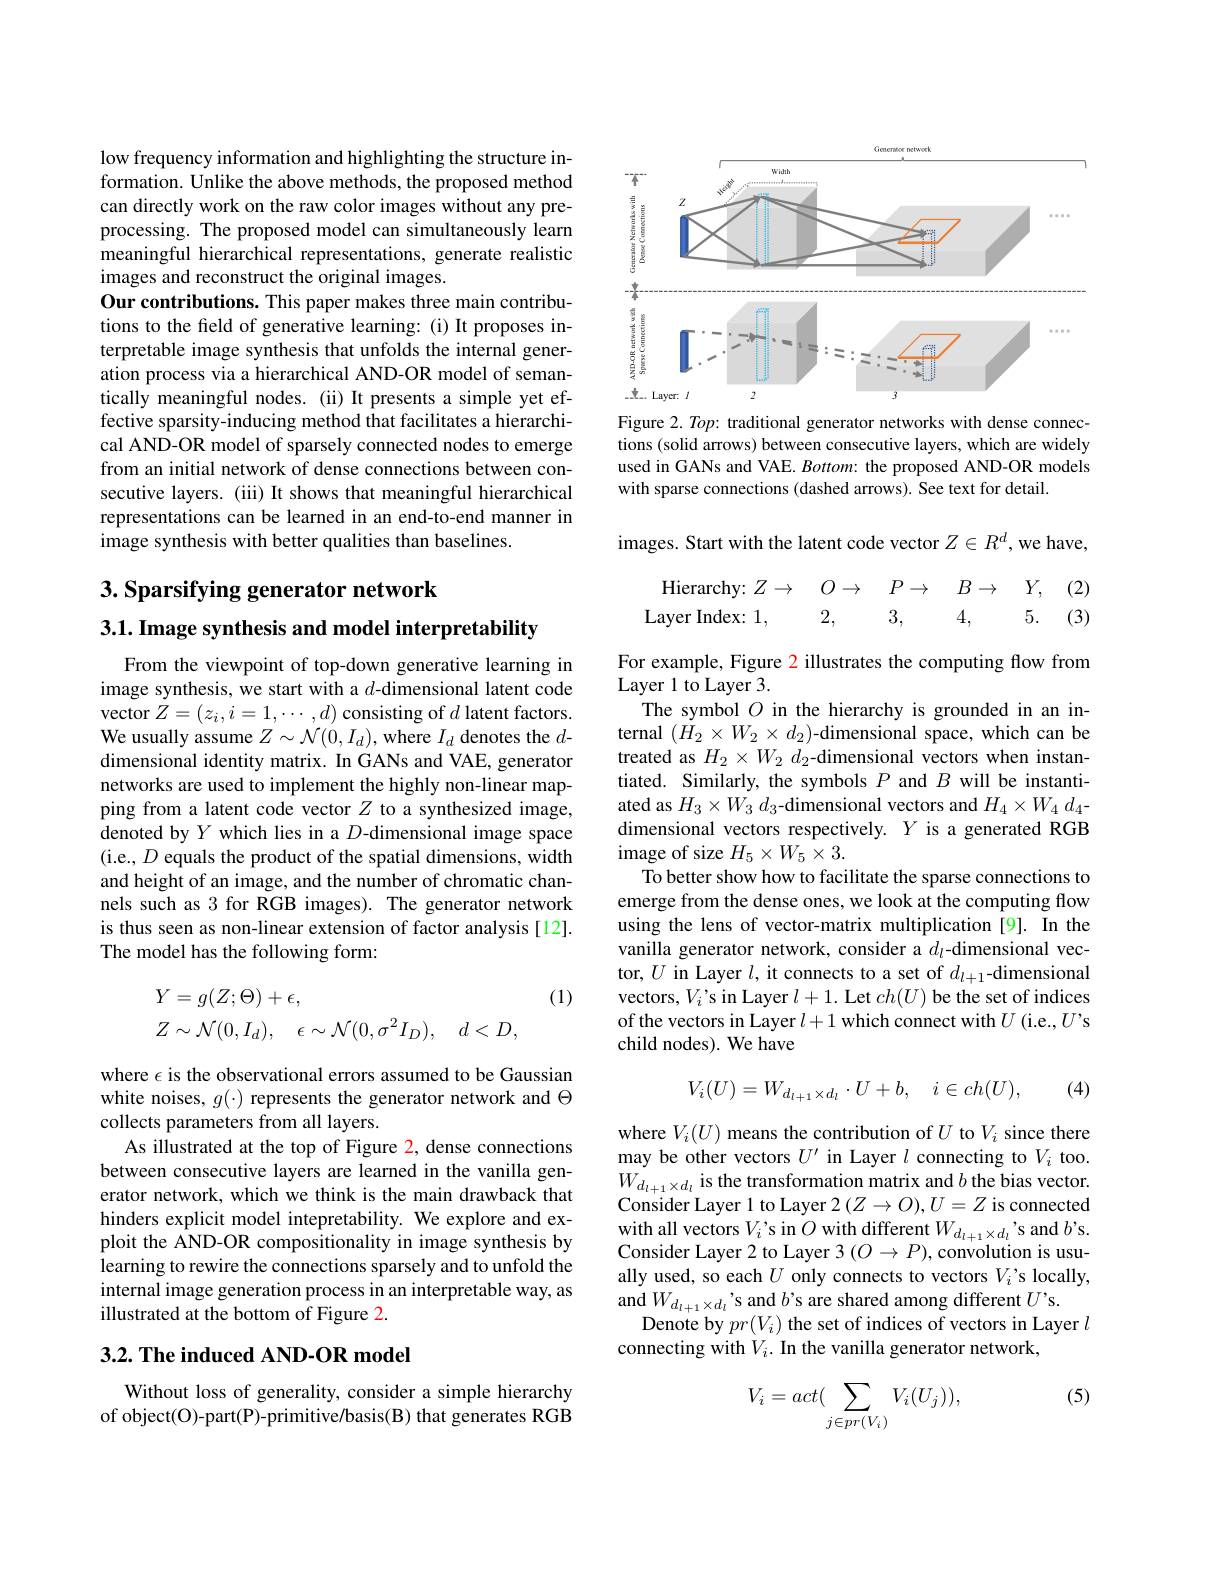
low frequency information and highlighting the structure information. Unlike the above methods, the proposed method can directly work on the raw color images without any preprocessing. The proposed model can simultaneously learn meaningful hierarchical representations, generate realistic images and reconstruct the original images.
Our contributions. This paper makes three main contributions to the field of generative learning: (i) It proposes interpretable image synthesis that unfolds the internal generation process via a hierarchical AND-OR model of semantically meaningful nodes. (ii) It presents a simple yet effective sparsity-inducing method that facilitates a hierarchical AND-OR model of sparsely connected nodes to emerge from an initial network of dense connections between consecutive layers. (iii) It shows that meaningful hierarchical representations can be learned in an end-to-end manner in image synthesis with better qualities than baselines.

3. Sparsifying generator network

3.1. Image synthesis and model interpretability

From the viewpoint of top-down generative learning in image synthesis, we start with a $d$-dimensional latent code vector $Z=(z_i,i=1,\cdots,d)$ consisting of $d$ latent factors. We usually assume $Z\sim\mathcal{N}(0,I_d)$, where $I_d$ denotes the $d$- dimensional identity matrix. In GANs and VAE, generator networks are used to implement the highly non-linear mapping from a latent code vector $Z$ to a synthesized image, denoted by $Y$ which lies in a $D$-dimensional image space (i.e., $D$ equals the product of the spatial dimensions, width and height of an image, and the number of chromatic channels such as 3 for RGB images). The generator network is thus seen as non-linear extension of factor analysis [12]. The model has the following form:

(1)
$$\begin{aligned}Y&=g(Z;\Theta)+\epsilon,\\Z&\sim\mathcal{N}(0,I_d),\quad\epsilon\sim\mathcal{N}(0,\sigma^2I_D),\quad d<D,\end{aligned}$$
where $\epsilon$ is the observational errors assumed to be Gaussian white noises, $g(\cdot)$ represents the generator network and $\Theta$ collects parameters from all layers.
As illustrated at the top of Figure 2, dense connections between consecutive layers are learned in the vanilla generator network, which we think is the main drawback that hinders explicit model intepretability. We explore and exploit the AND-OR compositionality in image synthesis by learning to rewire the connections sparsely and to unfold the internal image generation process in an interpretable way, as illustrated at the bottom of Figure 2

## 3.2. The induced AND-OR model

Without loss of generality, consider a simple hierarchy of object(O)-part(P)-primitive/basis(B) that generates RGB

<FigureHere>
Figure 2. Top: traditional generator networks with dense connec-

tions (solid arrows) between consecutive layers, which are widely used in GANs and VAE. Bottom: the proposed AND-OR models with sparse connections (dashed arrows). See text for detail.

images. Start with the latent code vector $Z\in R^d$,we have,

(2)
$$\text{Hierarchy:}Z\to\quad O\to\quad P\to\quad B\to\quad Y,\\\text{Layer Index:}1,\quad2,\quad3,\quad4,\quad5.$$
(3)

For example, Figure 2 illustrates the computing flow from
Layer 1 to Layer 3.
The symbol $O$ in the hierarchy is grounded in an internal $(\dot{H}_{2}\times W_{2}\times d_{2})$-dimensional space, which can be treated as $H_2\times W_2$ $d_2$-dimensional vectors when instantiated. Similarly, the symbols $P$ and $B$ will be instantiated as $H_3\times W_3$ $d_3$-dimensional vectors and $H_4\times W_4$ $d_4$- dimensional vectors respectively. $Y$ is a generated RGB image of size $H_5\times W_5\times3.$
To better show how to facilitate the sparse connections to emerge from the dense ones, we look at the computing flow using the lens of vector-matrix multiplication [9]. In the vanilla generator network, consider a $d_l$-dimensional vector, $U$ in Layer $l$, it connects to a set of $d_l+1$-dimensional vectors, $V_i’$s in Layer $l+1.$ Let $ch(U)$ be the set of indices of the vectors in Layer $l+1$ which connect with $U$ (i.e.,$U$'s child nodes). We have

(4)
$$V_i(U)=W_{d_{l+1}\times d_l}\cdot U+b,\quad i\in ch(U),$$
where $V_i(U)$ means the contribution of $U$ to $V_i$ since there may be other vectors $U^\prime$ in Layer $l$ connecting to $V_i$ too. $W_{d_{l+1}\times d_{l}}$ is the transformation matrix and $b$ the bias vector. Consider Layer 1 to Layer 2 (Z→O),U=Z is connected with all vectors $V_{i}’$s in $O$ with different $W_{d_{l+ 1}\times d_{l}}’$s and $b’$s. Concidar I avor 2 to I avor $3( O_{l}\setminus D)$ conolution ic ucu Consider Layer 2 to Layer 3 $(O\to P)$, convolution is usually used, so each $U$ only connects to vectors $V_i’$s locally, and $W_{d_{l+1}\times d_{l}}$ 's and $b$'s are shared among different $U’$s.
Denote by $pr(V_i)$ the set of indices of vectors in Layer $l$
connecting with $V_i.$ In the vanilla generator network,

(5)
$$V_i=act(\sum_{j\in pr(V_i)}V_i(U_j)),$$